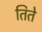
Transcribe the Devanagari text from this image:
तिते